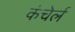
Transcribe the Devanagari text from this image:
कंचेर्ल